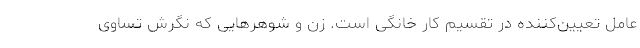
عامل تعیین‌کننده در تقسیم کار خانگی است. زن و شوهرهایی که نگرش تساوی